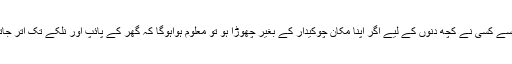
آپ میں سے کسی نے کچھ دنوں کے لیے اگر اپنا مکان چوکیدار کے بغیر چھوڑا ہو تو معلوم ہواہوگا کہ گھر کے پائپ اور نلکے تک اتر جاتے ہیں ۔